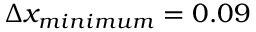
\Delta x _ { m i n i m u m } = 0 . 0 9